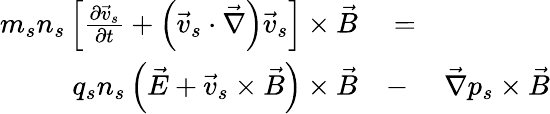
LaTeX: \begin{array}{rlr}{m_{s}n_{s}\left[\frac{\partial\vec{v}_{s}}{\partial t}+\left(\vec{v}_{s}\cdot\vec{\nabla}\right)\vec{v}_{s}\right]\times\vec{B}}&{{}=}&{}\\ {q_{s}n_{s}\left(\vec{E}+\vec{v}_{s}\times\vec{B}\right)\times\vec{B}}&{{}-}&{\vec{\nabla}p_{s}\times\vec{B}}\end{array}